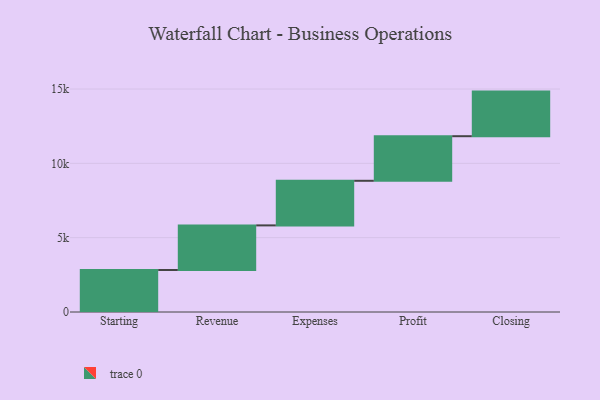
{"axis": {"x": "Step", "y": "Value"}, "legend": [""], "data": [{"x": "Starting", "y": 2826.0, "type": ""}, {"x": "Revenue", "y": 3000, "type": ""}, {"x": "Expenses", "y": 3000, "type": ""}, {"x": "Profit", "y": 3000, "type": ""}, {"x": "Closing", "y": 3000, "type": ""}]}